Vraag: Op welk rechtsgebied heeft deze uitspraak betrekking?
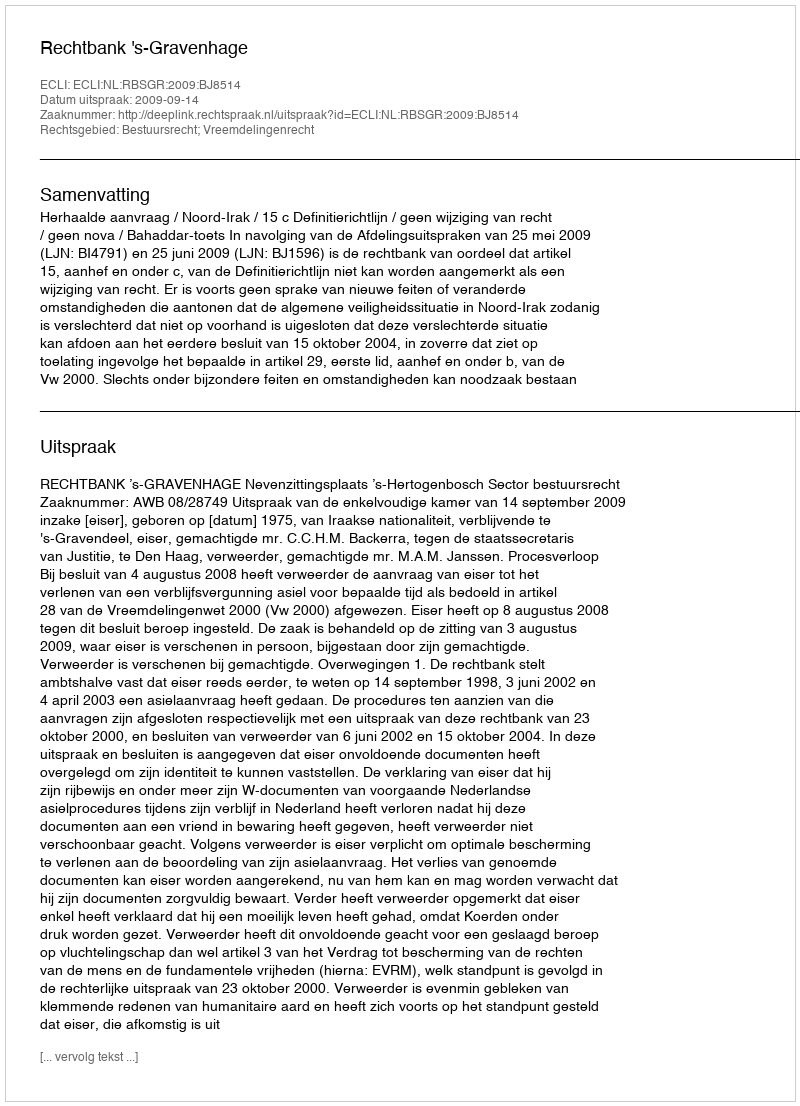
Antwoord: Bestuursrecht; Vreemdelingenrecht